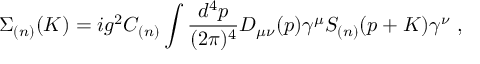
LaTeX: \Sigma _ { ( n ) } ( K ) = i g ^ { 2 } C _ { ( n ) } \int { \frac { d ^ { 4 } p } { ( 2 \pi ) ^ { 4 } } } D _ { \mu \nu } ( p ) \gamma ^ { \mu } S _ { ( n ) } ( p + K ) \gamma ^ { \nu } \ ,